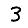
Digit: 3